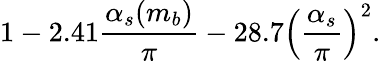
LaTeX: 1-2.41\frac{\alpha_{s}(m_{b})}{\pi}-28.7\left(\frac{\alpha_{s}}{\pi}\right)^{2}.